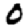
Digit: 0